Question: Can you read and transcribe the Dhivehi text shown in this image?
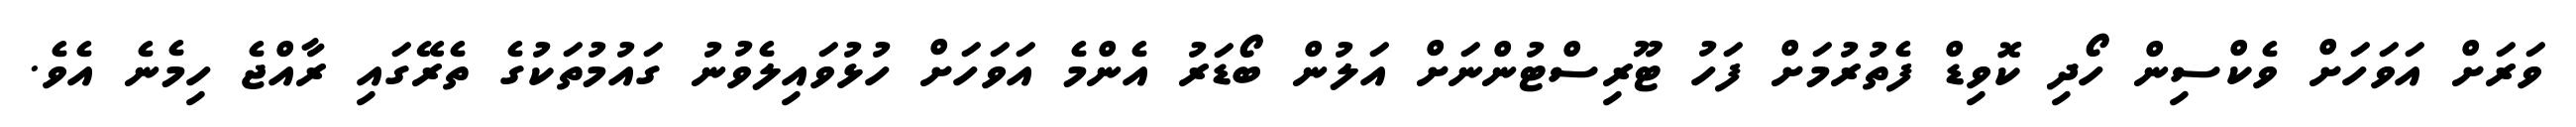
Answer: ވަރަށް އަވަހަށް ވެކްސިން ހޯދި ކޮވިޑް ފެތުރުމަށް ފަހު ޓޫރިސްޓުންނަށް އަލުން ބޯޑަރު އެންމެ އަވަހަށް ހުޅުވައިލެވުނު ގައުމުތަކުގެ ތެރޭގައި ރާއްޖެ ހިމެނެ އެވެ.